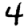
Digit: 4